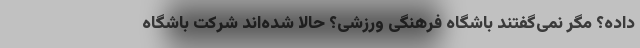
داده؟ مگر نمی‌گفتند باشگاه فرهنگی ورزشی؟ حالا شده‌اند شرکت باشگاه